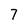
Character: 7